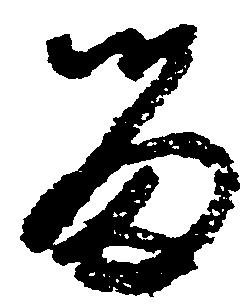
留